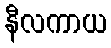
နီလကာယ